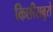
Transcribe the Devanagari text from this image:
किछीसबुरो